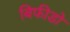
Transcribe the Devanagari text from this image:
बिफीडो